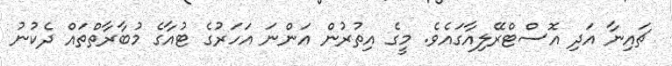
ޗައިނާ އަދި އޮސްޓްރޭލިއާގައެވެ. މީގެ އިތުރުން އަންނަ އަހަރުގެ ޓުއާގެ މުބާރާތްތައް ދެކުނު